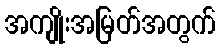
အကျိုးအမြတ်အတွက်